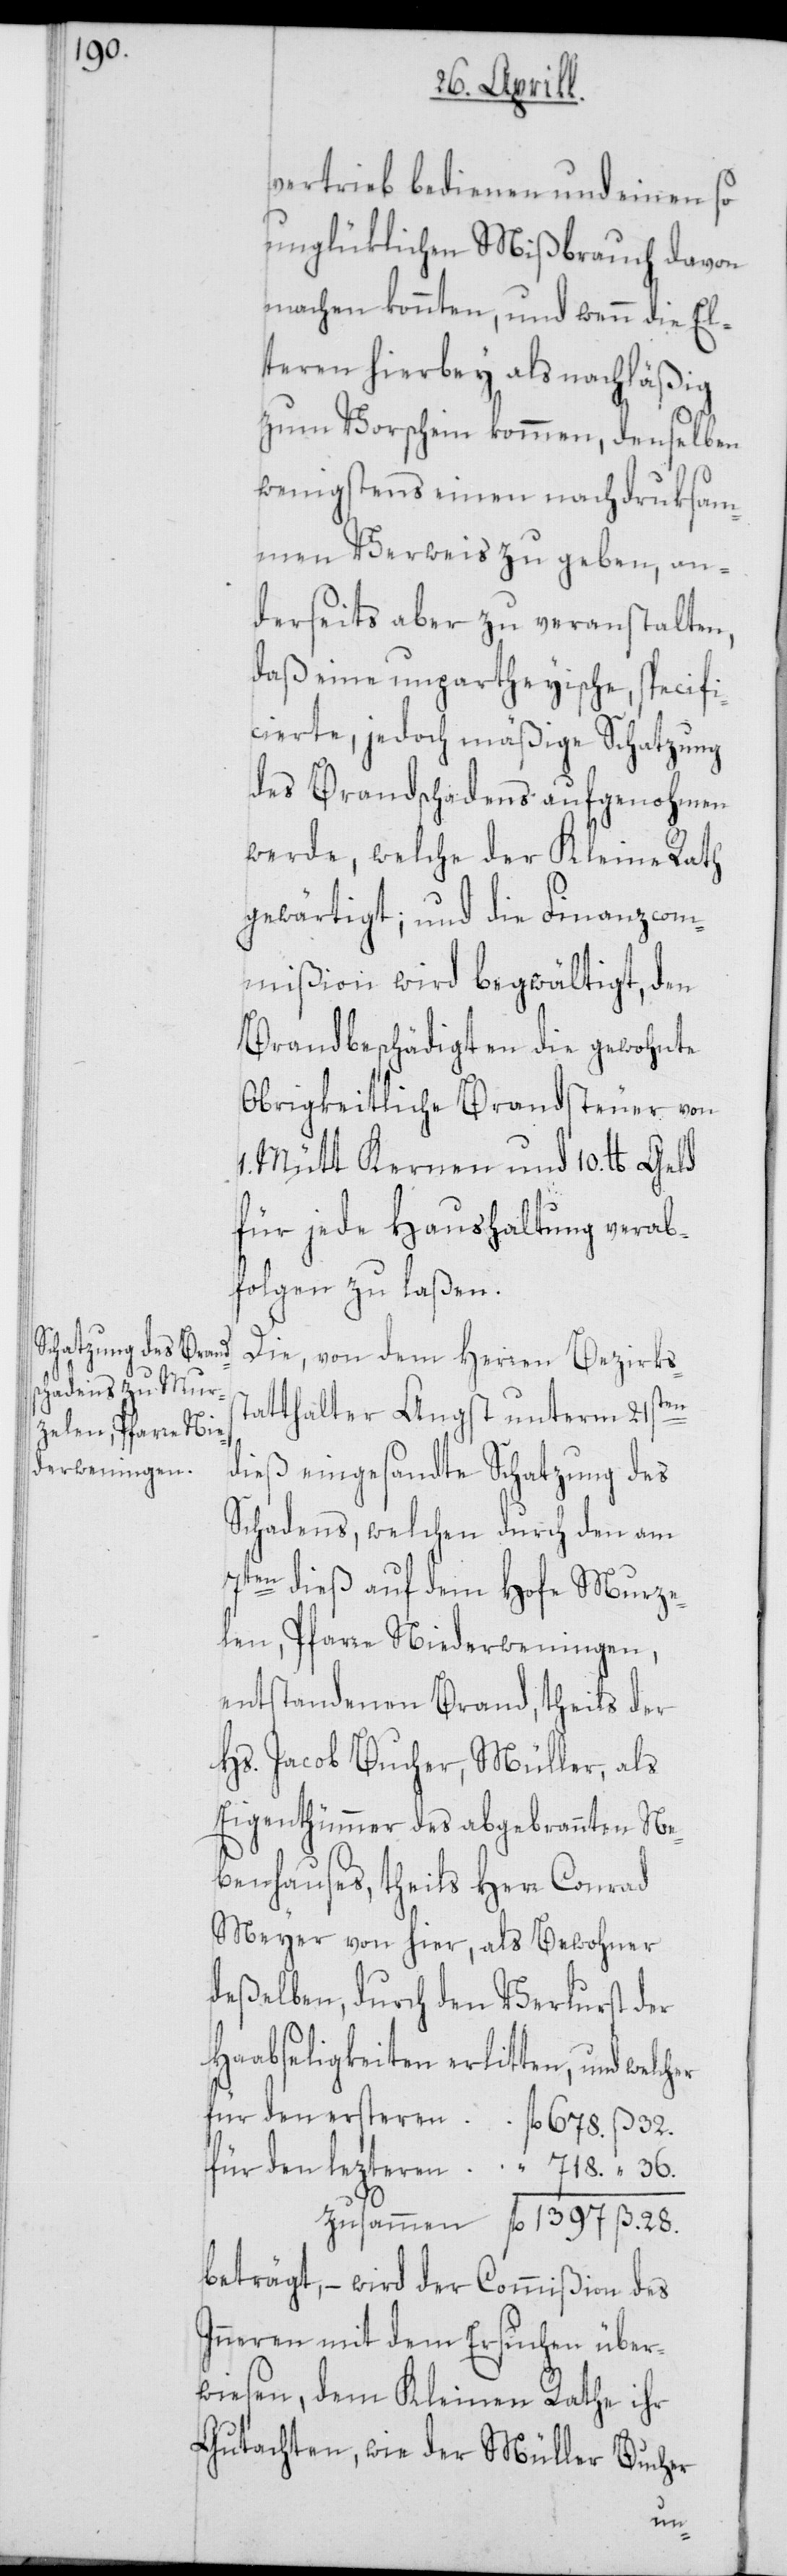
vertrieb bedienen und einen so
unglüklichen Mißbrauch davon
machen konnten, und wenn die El¬
teren hierbey als nachläßig
zum Vorschein kommen, denselben
wenigstens einen nachdruksam¬
men Verweis zu geben, an¬
derseits aber zu veranstalten,
daß eine unpartheyische, specifi¬
cierte, jedoch mäßige Schatzung
des Brandschadens aufgenohmen
werde, welche der Kleine Rath
gewärtigt, und die Finanzcom¬
mißion wird begwältigt, den
Brandbeschädigten die gewohnte
Obrigkeitliche Brandsteuer von
1. Mütt Kernen und 10. lb Geld
für jede Haushaltung verab¬
folgen zu laßen.
Die, von dem Herren Bezirkss¬
tatthalter Angst unterm 21sten
dieß eingesandte Schatzung des
Schadens, welchen durch den am
7ten dieß auf dem Hofe Murze¬
len, Pfarre Niederweningen,
entstandenen Brand, theils der
Hs. Jacob Bucher, Müller, als
Eigenthümmer des abgebrannten Ne¬
benhauses, theils Herr Conrad
Meyer von hier, als Bewohner
deßelben, durch den Verlurst der
Haabseligkeiten erlitten, und welch¬
für den ersteren fl. 678. ß 32.
für den lezteren “ 718. “ 36.
zusammen fl. 1397 ß. 28.
beträgt, – wird der Commißion des
Inneren mit dem Ersuchen über¬
wiesen, dem Kleinen Rathe ihr
Gutachten, wie der Müller Bucher
er